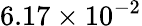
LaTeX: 6.17\times 10^{-2}